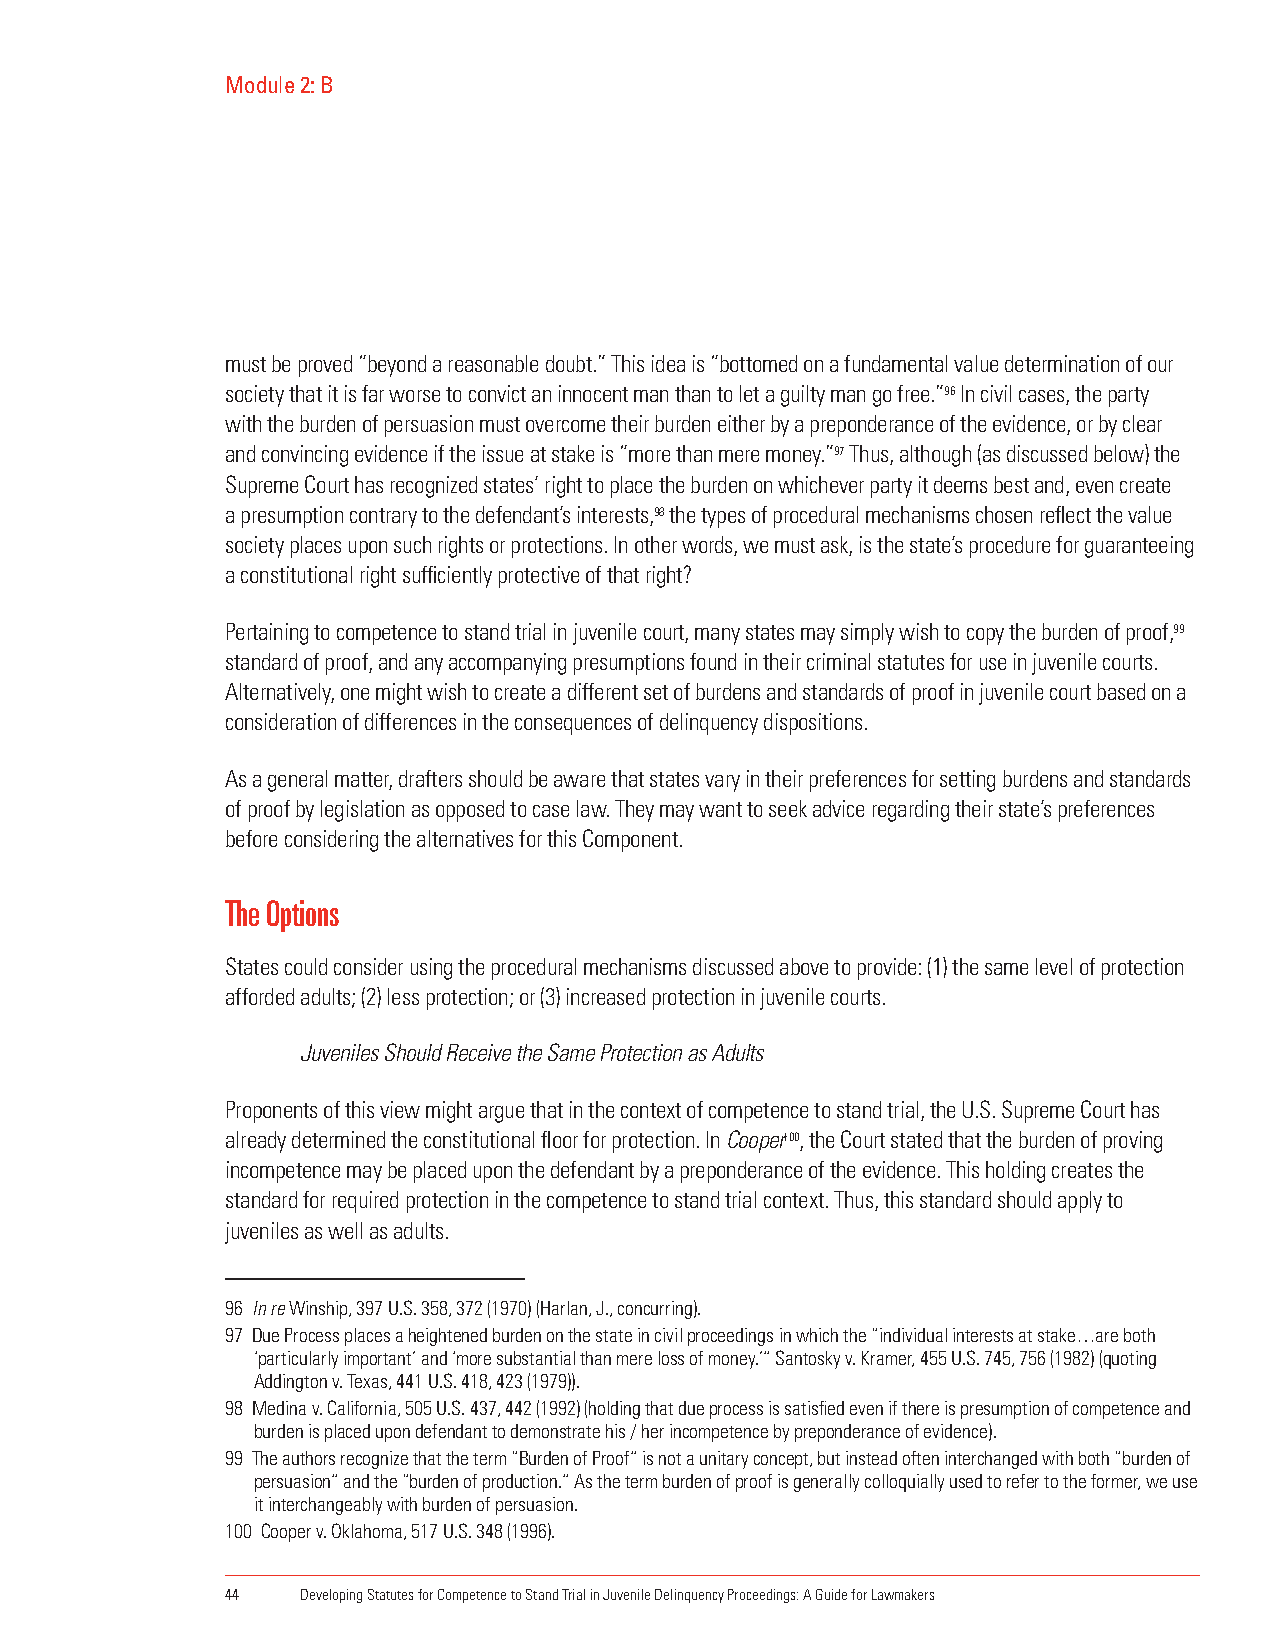
Module 2: B
 must be proved “beyond a reasonable doubt.” This idea is “bottomed on a fundamental value determination of our
 society that it is far worse to convict an innocent man than to let a guilty man go free.”96 In civil cases, the party
 with the burden of persuasion must overcome their burden either by a preponderance of the evidence, or by clear
 and convincing evidence if the issue at stake is “more than mere money.”97 Thus, although (as discussed below) the
 Supreme Court has recognized states’ right to place the burden on whichever party it deems best and, even create
 a presumption contrary to the defendant’s interests,98 the types of procedural mechanisms chosen reflect the value
 society places upon such rights or protections. In other words, we must ask, is the state’s procedure for guaranteeing
 a constitutional right sufficiently protective of that right?
 Pertaining to competence to stand trial in juvenile court, many states may simply wish to copy the burden of proof,99
 standard of proof, and any accompanying presumptions found in their criminal statutes for use in juvenile courts.
 Alternatively, one might wish to create a different set of burdens and standards of proof in juvenile court based on a
 consideration of differences in the consequences of delinquency dispositions.
 As a general matter, drafters should be aware that states vary in their preferences for setting burdens and standards
 of proof by legislation as opposed to case law. They may want to seek advice regarding their state’s preferences
 before considering the alternatives for this Component.
 The Options
 States could consider using the procedural mechanisms discussed above to provide: (1) the same level of protection
 afforded adults; (2) less protection; or (3) increased protection in juvenile courts.
 Juveniles Should Receive the Same Protection as Adults
 Proponents of this view might argue that in the context of competence to stand trial, the U.S. Supreme Court has
 already determined the constitutional floor for protection. In Cooper100, the Court stated that the burden of proving
 incompetence may be placed upon the defendant by a preponderance of the evidence. This holding creates the
 standard for required protection in the competence to stand trial context. Thus, this standard should apply to
 juveniles as well as adults.
 96 In re Winship, 397 U.S. 358, 372 (1970) (Harlan, J., concurring).
 97 Due Process places a heightened burden on the state in civil proceedings in which the “individual interests at stake…are both
 ‘particularly important’ and ‘more substantial than mere loss of money.’” Santosky v. Kramer, 455 U.S. 745, 756 (1982) (quoting
 Addington v. Texas, 441 U.S. 418, 423 (1979)).
 98 Medina v. California, 505 U.S. 437, 442 (1992) (holding that due process is satisfied even if there is presumption of competence and
 burden is placed upon defendant to demonstrate his / her incompetence by preponderance of evidence).
 99 The authors recognize that the term “Burden of Proof” is not a unitary concept, but instead often interchanged with both “burden of
 persuasion” and the “burden of production.” As the term burden of proof is generally colloquially used to refer to the former, we use
 it interchangeably with burden of persuasion.
 100 Cooper v. Oklahoma, 517 U.S. 348 (1996).
 44   Developing Statutes for Competence to Stand Trial in Juvenile Delinquency Proceedings: A Guide for Lawmakers